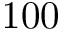
1 0 0